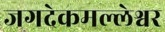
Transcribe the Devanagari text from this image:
जगदेकमल्लेश्वर